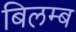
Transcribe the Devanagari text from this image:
बिलम्‍ब